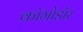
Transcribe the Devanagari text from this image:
कॉमोडोर